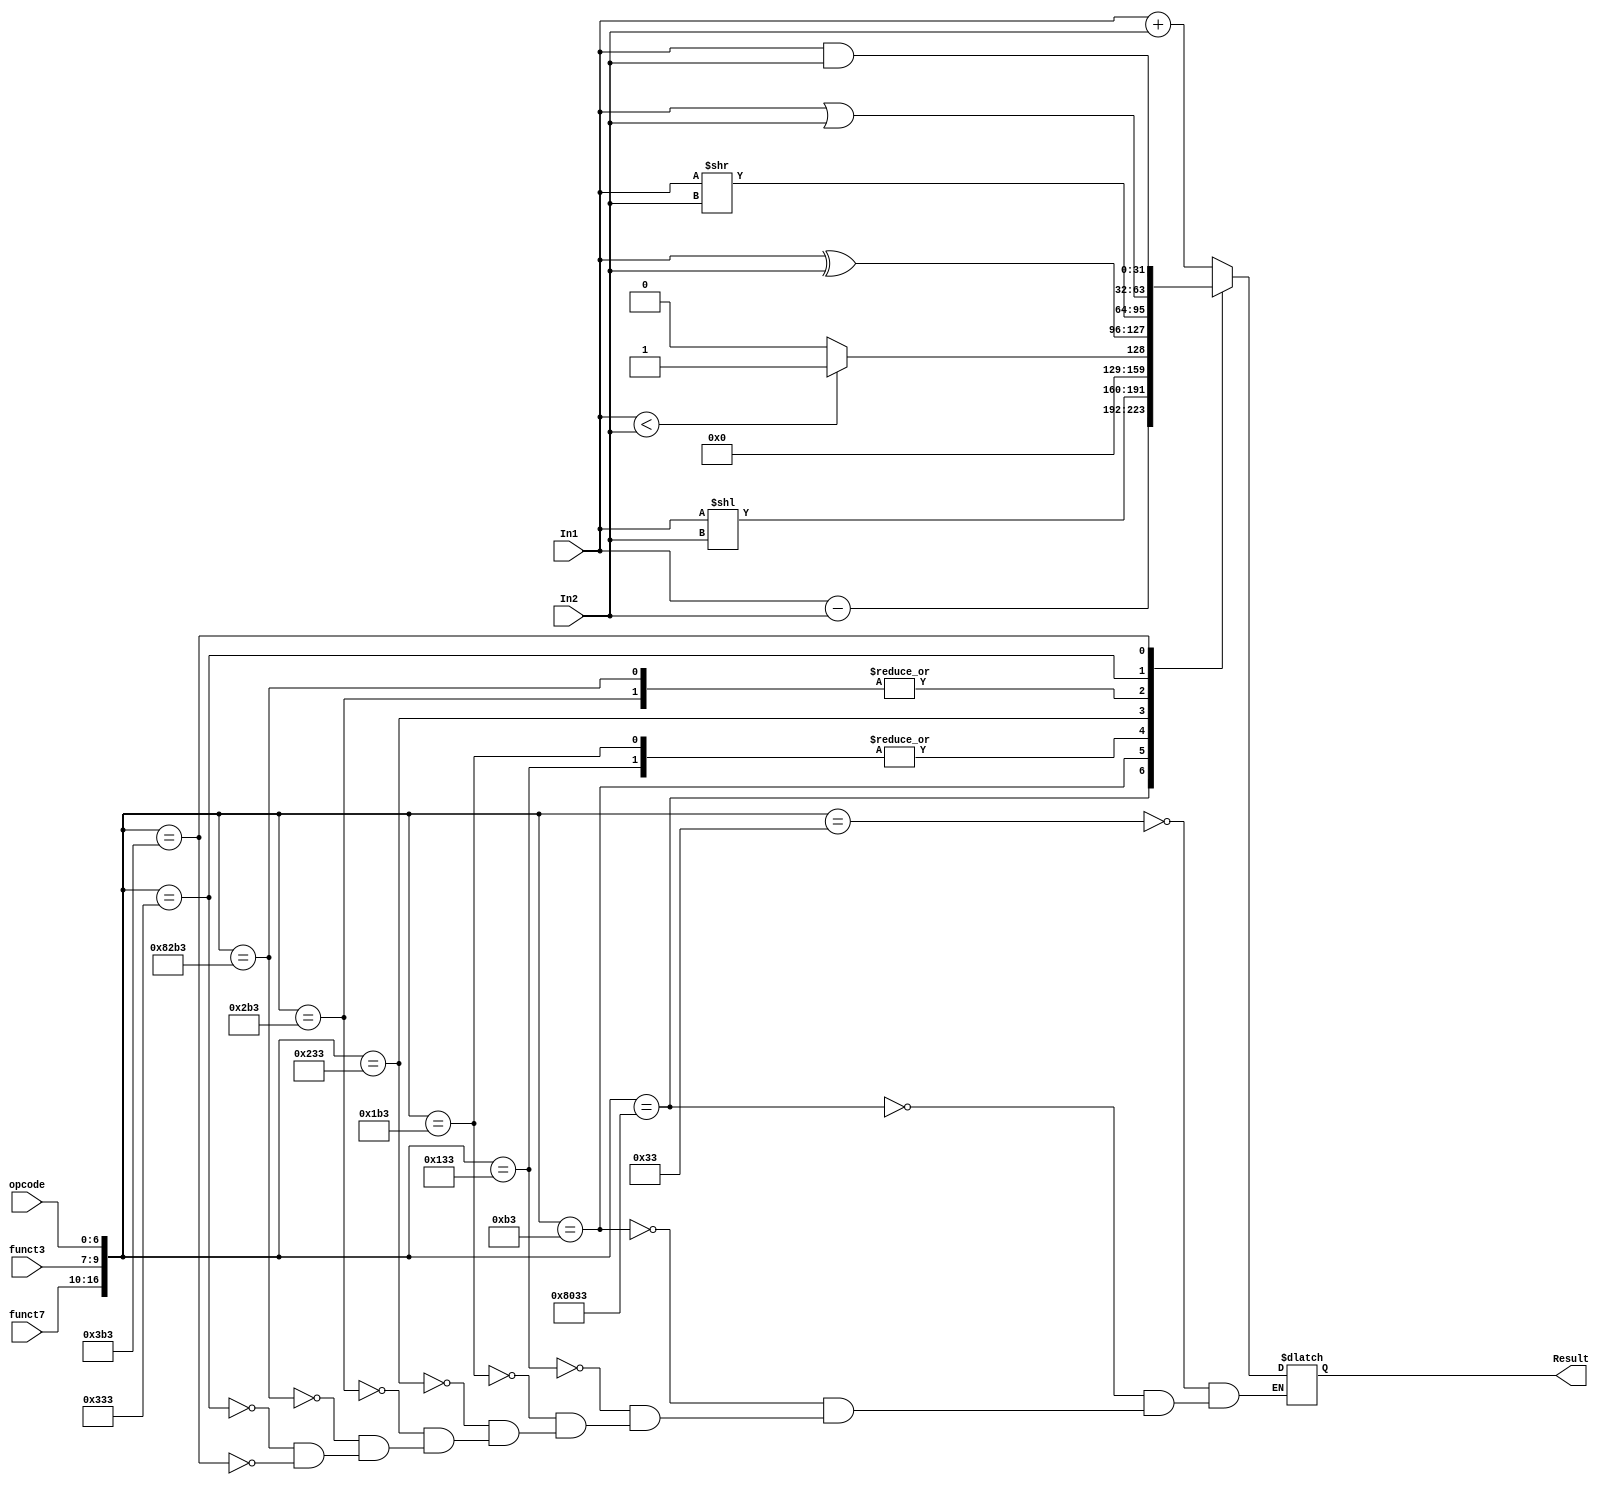
`timescale 1ns / 1ps
//////////////////////////////////////////////////////////////////////////////////
// Company: 
// Engineer: 
// 
// Design Name: 
// Module Name: ALU
// Project Name: 
// Target Devices: 
// Tool Versions: 
// Description: 
// 
// Dependencies: 
// 
// Revision:
// Revision 0.01 - File Created
// Additional Comments:
// 
//////////////////////////////////////////////////////////////////////////////////


module ALU(
    input [31:0] In1,
    input [31:0] In2,
    input [6:0] opcode,
    input [2:0] funct3,
    input [6:0] funct7,
    output reg [31:0] Result
    );
   
    `define add   17'b00000000000110011
    `define sub   17'b01000000000110011
    `define sll   17'b00000000010110011
    `define slt   17'b00000000100110011
    `define sltu  17'b00000000110110011
    `define xor   17'b00000001000110011
    `define srl   17'b00000001010110011
    `define sra   17'b01000001010110011
    `define or    17'b00000001100110011
    `define and   17'b00000001110110011
    
        always@(*)
  begin
   case({funct7,funct3,opcode})
   //// add Instruction ////
   `add : begin
           Result = In1 + In2;
          end 
   `sub : begin 
           Result = In1 - In2;
          end
   `sll : begin
           Result = In1 << In2;
          end
   `slt : begin
           Result = (In1 < In2) ? 1 : 0;
          end
   `sltu : begin
           Result = (In1 < In2) ? 1 : 0;
          end 
   `xor : begin
           Result = In1 ^ In2;
          end 
    `srl : begin
           Result = In1 >> In2;
          end
    `sra : begin
           Result = In1 >> In2;
          end
    `or : begin
           Result = In1 | In2;
          end 
    `and : begin
           Result = In1 & In2;
           end                                          
   endcase
  end
     
    
endmodule